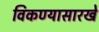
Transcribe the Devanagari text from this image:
विकण्यासारखे